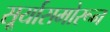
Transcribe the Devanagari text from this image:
सू्र्यासमोरून